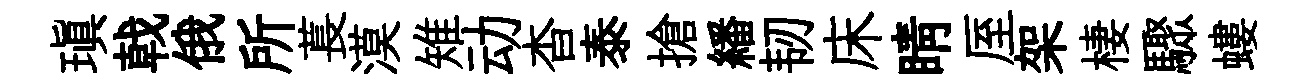
瑱戟俄所萇漠雉动杳泰搶繙韧床睛厔架棲驟螻